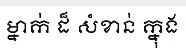
ម្នាក់ ដ៏ សំខាន់ ក្នុង